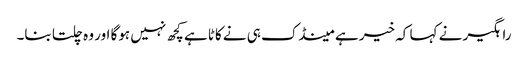
راہگیر نے کہا کہ خیر ہے مینڈک ہی نے کاٹا ہے کچھ نہیں ہوگا اور وہ چلتا بنا۔